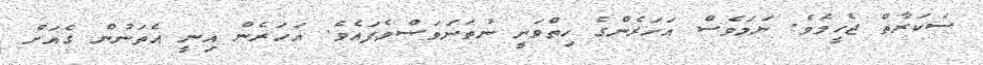
ސަކަރާތް ޖެހީމެވެ. ނަމަވެސް އަހަރެންގެ ހިތްވަނީ ނުތަނަވަސްވެފައެވެ. އަހަރެން އިނީ އެތަނުން ގެއަށް